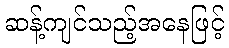
ဆန့်ကျင်သည့်အနေဖြင့်